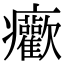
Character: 𤼢